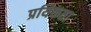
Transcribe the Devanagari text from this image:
प्रयिकता